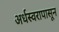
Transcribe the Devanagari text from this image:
अर्धस्वरापासून